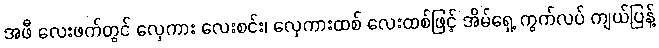
အဖီ လေးဖက်တွင် လှေကား လေးစင်း၊ လှေကားထစ် လေးထစ်ဖြင့် အိမ်ရှေ့ ကွက်လပ် ကျယ်ပြန့်